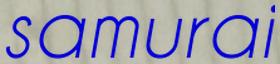
samurai